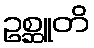
ဥစ္ဆူတိ